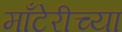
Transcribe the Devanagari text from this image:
माँटेरीच्या